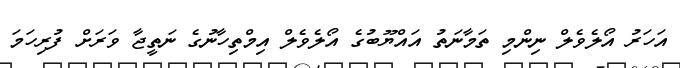
އަހަރު އޯލެވެލް ނިންމި ތަމާނަތު އައްޔޫބުގެ އޯލެވެލް އިމްތިހާނުގެ ނަތީޖާ ވަރަށް ފުރިހަމަ